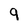
Character: 9